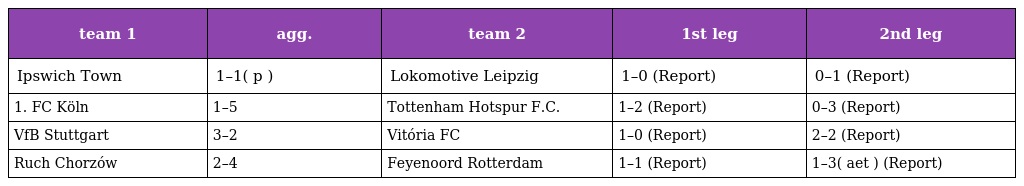
| team 1 | agg. | team 2 | 1st leg | 2nd leg |
 | --- | --- | --- | --- | --- |
 | Ipswich Town | 1–1( p ) | Lokomotive Leipzig | 1–0 (Report) | 0–1 (Report) |
 | 1. FC Köln | 1–5 | Tottenham Hotspur F.C. | 1–2 (Report) | 0–3 (Report) |
 | VfB Stuttgart | 3–2 | Vitória FC | 1–0 (Report) | 2–2 (Report) |
 | Ruch Chorzów | 2–4 | Feyenoord Rotterdam | 1–1 (Report) | 1–3( aet ) (Report) |